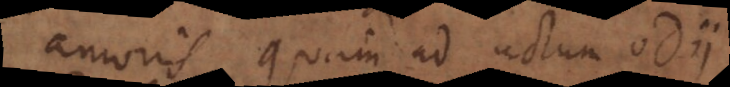
amoris quam ad actum odii.